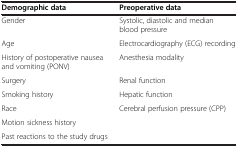
<table><thead><tr><td><b>Demographic data</b></td><td><b>Preoperative data</b></td></tr></thead><tbody><tr><td>Gender</td><td>Systolic, diastolic and median blood pressure</td></tr><tr><td>Age</td><td>Electrocardiography (ECG) recording</td></tr><tr><td>History of postoperative nausea and vomiting (PONV)</td><td>Anesthesia modality</td></tr><tr><td>Surgery</td><td>Renal function</td></tr><tr><td>Smoking history</td><td>Hepatic function</td></tr><tr><td>Race</td><td>Cerebral perfusion pressure (CPP)</td></tr><tr><td>Motion sickness history</td><td> </td></tr><tr><td>Past reactions to the study drugs</td><td> </td></tr></tbody></table>